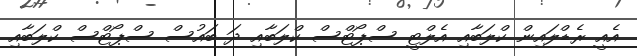
އެއީ ރެޑްލައިން ކްލަބާއި އެލްޓީ ސްޕޯޓްސް ކްލަބާއި ދަ ބައުސް ސްޕޯޓްސް ކްލަބާއި